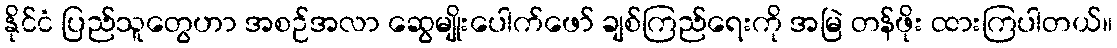
နိုင်ငံ ပြည်သူတွေဟာ အစဉ်အလာ ဆွေမျိုးပေါက်ဖော် ချစ်ကြည်ရေးကို အမြဲ တန်ဖိုး ထားကြပါတယ်။